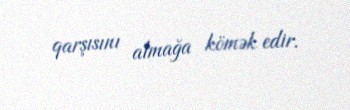
qarşısını almağa kömək edir.